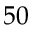
5 0